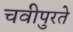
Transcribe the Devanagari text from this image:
चवीपुरते